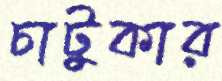
চাটুকার